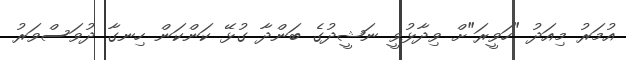
އުމަރު މިއަދު "ހަވީރަ"ށް ވިދާޅުވީ ނަޝީދުގެ ބަންދާ ގުޅޭ ކަންކަން ހިނގާ ދުވަސްވަރު